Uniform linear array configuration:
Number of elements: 32
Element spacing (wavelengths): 0.5
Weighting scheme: uniform
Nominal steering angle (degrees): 15
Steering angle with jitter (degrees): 14.35
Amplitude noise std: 0.05
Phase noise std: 0.05

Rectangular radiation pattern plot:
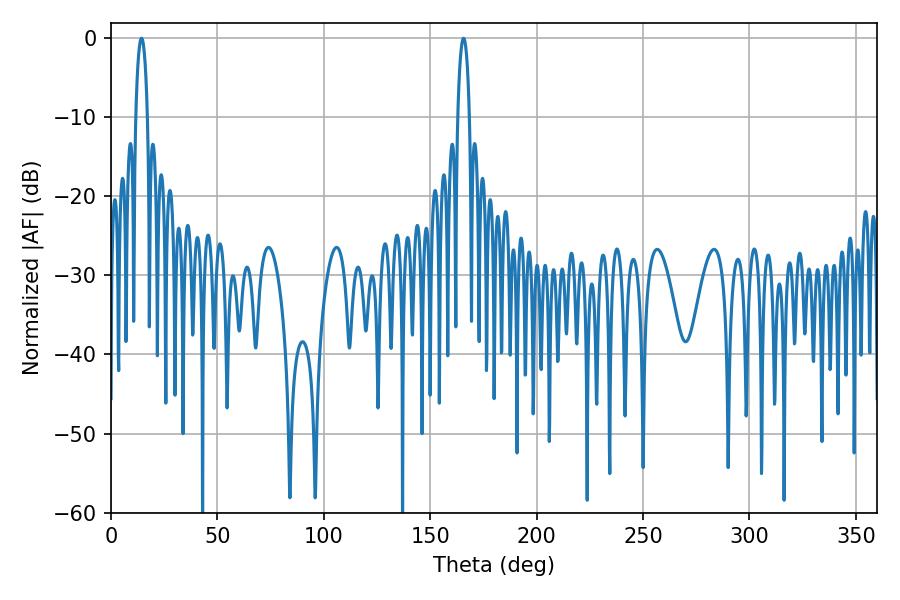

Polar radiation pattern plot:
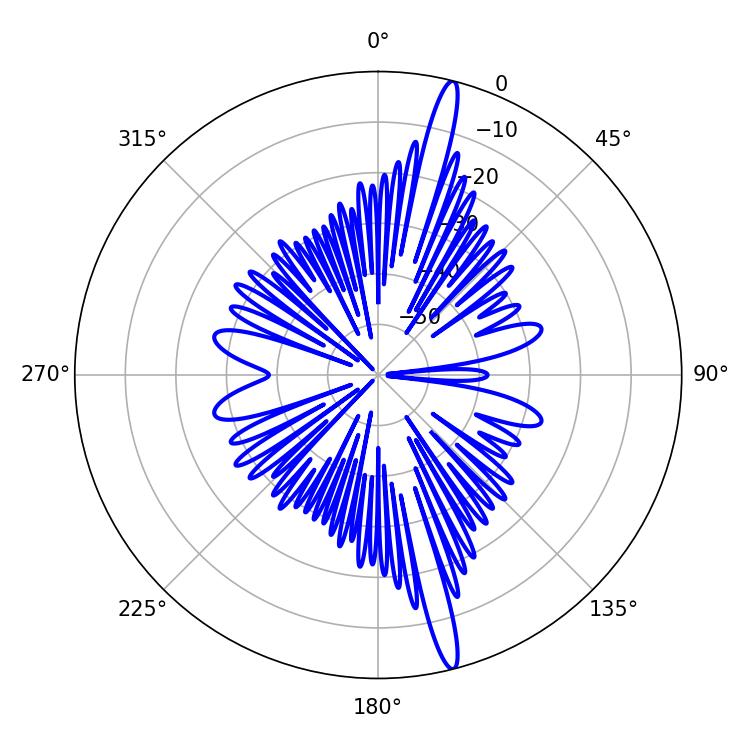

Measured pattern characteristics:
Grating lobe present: FALSE
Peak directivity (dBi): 18.057
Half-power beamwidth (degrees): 3.06
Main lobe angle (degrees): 14.4